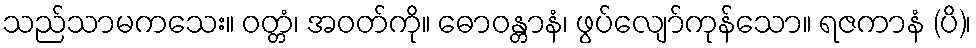
သည်သာမကသေး။ ဝတ္တံ၊ အဝတ်ကို။ ဓောဝန္တာနံ၊ ဖွပ်လျော်ကုန်သော။ ရဇကာနံ (ပိ)၊